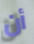
أن